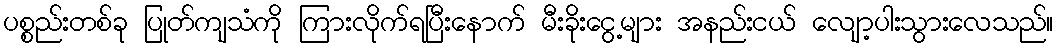
ပစ္စည်းတစ်ခု ပြုတ်ကျသံကို ကြားလိုက်ရပြီးနောက် မီးခိုးငွေ့များ အနည်းငယ် လျော့ပါးသွားလေသည်။